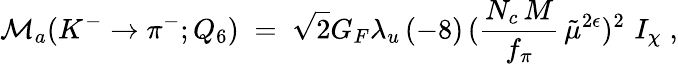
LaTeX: {\cal{M}}_{a}(K^{-}\rightarrow\pi^{-};Q_{6})\; =\; \sqrt{2}G_{F}\lambda_{u}\, (-8)\, (\frac{N_{c}\, M}{f_{\pi}}\, \tilde{\mu}^{2\epsilon})^{2}\, \, I_{\chi}\; ,